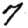
Digit: 7